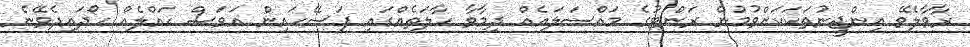
ރާވާލެވޭ އިންޖީނުތަކަކަށްވުމުން ރަންޓުގެ މައްސަލައެއް ދިމާވާ ހާލަތެއްގައި ފަސޭހައިން އަވަސް ހައްލެއް ހޯދައިދެވޭނެ